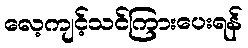
လေ့ကျင့်သင်ကြားပေးရန်